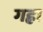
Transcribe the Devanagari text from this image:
गह्रा